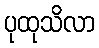
ပုထုသိလာ